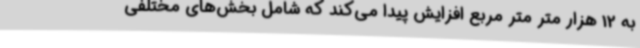
به 12 هزار متر متر مربع افزایش پیدا می‌کند که شامل بخش‌های مختلفی